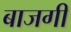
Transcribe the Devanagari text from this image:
बाजगी